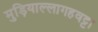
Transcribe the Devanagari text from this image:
मुड़ियाल्लागहवट्टा